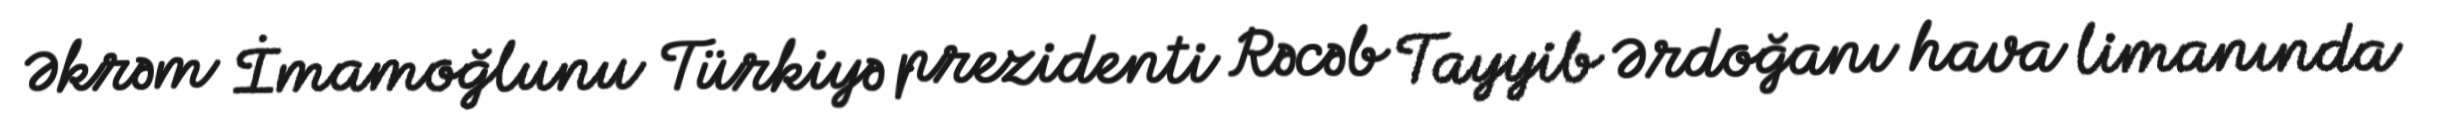
Əkrəm İmamoğlunu Türkiyə prezidenti Rəcəb Tayyib Ərdoğanı hava limanında